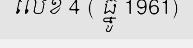
លេខ 4 ( ធ្នូ 1961)